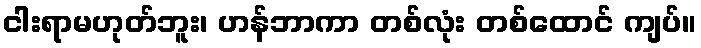
ငါးရာမဟုတ်ဘူး၊ ဟန်ဘာကာ တစ်လုံး တစ်ထောင် ကျပ်။